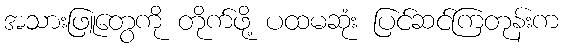
အသားဖြူတွေကို တိုက်ဖို့ ပထမဆုံး ပြင်ဆင်ကြတုန်းက